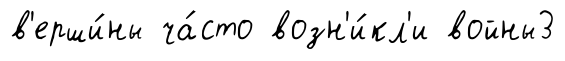
в'ерши́ны ча́сто возн'и́кл'и войны3